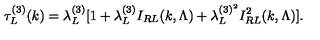
\tau _ { L } ^ { ( 3 ) } ( k ) = \lambda _ { L } ^ { ( 3 ) } [ 1 + \lambda _ { L } ^ { ( 3 ) } I _ { R L } ( k , \Lambda ) + \lambda _ { L } ^ { ( 3 ) ^ { 2 } } I _ { R L } ^ { 2 } ( k , \Lambda ) ] .